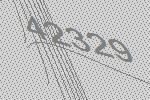
42329